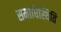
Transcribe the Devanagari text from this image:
समाधिस्थिति